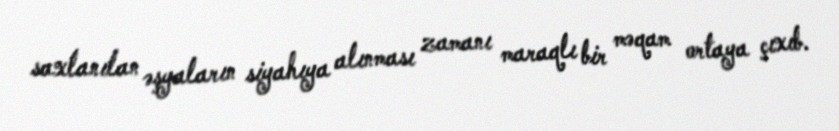
saxlanılan əşyaların siyahıya alınması zamanı maraqlı bir məqam ortaya çıxıb.